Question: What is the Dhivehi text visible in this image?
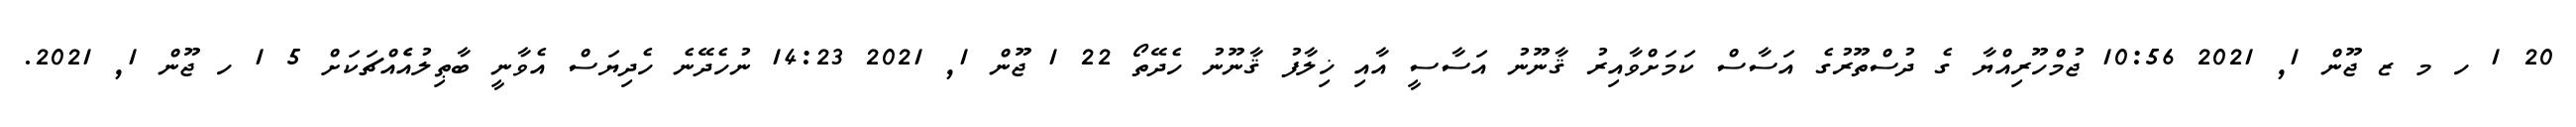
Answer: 20 1 ހ މ ޒ ޖޫން 1, 2021 10:56 ޖުމްހޫރިއްޔާ ގެ ދުސްތޫރުގެ އަސާސް ކަމަށްވާއިރު ޤާނޫނު އަސާސީ އާއި ޚިލާފު ޤާނޫނު ހެދޭތޯ 22 1 ޖޫން 1, 2021 14:23 ނުހެދޭނެ ހެދިޔަސް އެވާނީ ބާޠިލުއެެއްޗަކަށް 5 1 ހ ޖޫން 1, 2021.